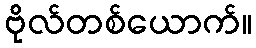
ဗိုလ်တစ်ယောက်။